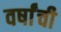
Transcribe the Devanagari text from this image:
वर्षांंची